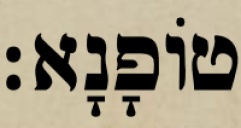
טוֹפָנָא׃